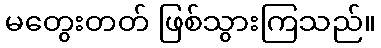
မတွေးတတ် ဖြစ်သွားကြသည်။